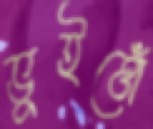
ভুইত্তোঁ